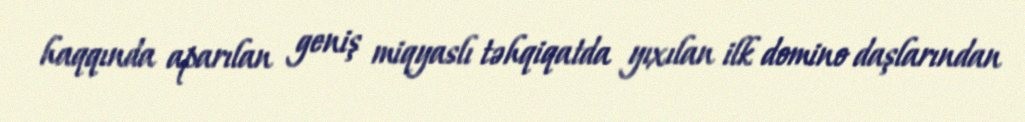
haqqında aparılan geniş miqyaslı təhqiqatda yıxılan ilk domino daşlarından